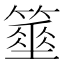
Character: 𥴓